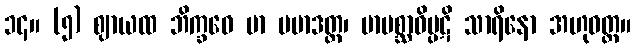
၁၄။ (၅) ဈာယထ ဘိက္ခဝေ မာ ပမာဒတ္ထ၊ မာပစ္ဆာဝိပ္ပဋိ သာရိနော အဟုဝတ္ထ။